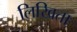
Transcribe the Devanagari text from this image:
लिखिता